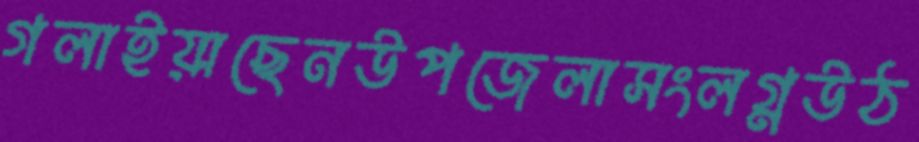
গলাইয়াছেনউপজেলাসংলগ্নউঠ